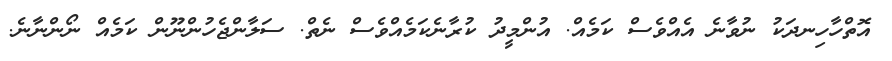
އޮތްހާހިނދަކު ނުވާނެ އެއްވެސް ކަމެއް. އުންމީދު ކުރާނެކަމެއްވެސް ނެތް. ސަލާންޖެހުންނޫން ކަމެއް ނޯންނާނެ.